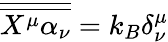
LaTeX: {\overline{{\overline{{X^{\mu}\alpha_{\nu}}}}}}=k_{B}\delta_{\nu}^{\mu}